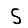
Digit: 5